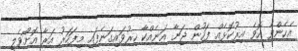
އެހެންވެ އޮވެ އިރުކޮޅެއް ފަހުން ޖަނާ އަނެއްކާ ހިރުވައިގަނެފައި މިފަހަރު އަރާ އޮށޯވެލީ